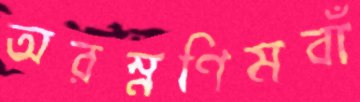
অরম্নণিমবাঁ